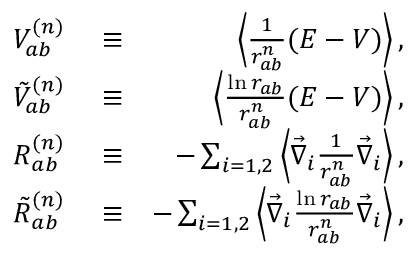
\begin{array} { r l r } { V _ { a b } ^ { ( n ) } } & { { } \equiv } & { \left\langle \frac { 1 } { r _ { a b } ^ { n } } ( E - V ) \right\rangle , } \\ { \tilde { V } _ { a b } ^ { ( n ) } } & { { } \equiv } & { \left\langle \frac { \ln r _ { a b } } { r _ { a b } ^ { n } } ( E - V ) \right\rangle , } \\ { R _ { a b } ^ { ( n ) } } & { { } \equiv } & { - \sum _ { i = 1 , 2 } \left\langle \vec { \nabla } _ { i } \frac { 1 } { r _ { a b } ^ { n } } \vec { \nabla } _ { i } \right\rangle , } \\ { \tilde { R } _ { a b } ^ { ( n ) } } & { { } \equiv } & { - \sum _ { i = 1 , 2 } \left\langle \vec { \nabla } _ { i } \frac { \ln r _ { a b } } { r _ { a b } ^ { n } } \vec { \nabla } _ { i } \right\rangle , } \end{array}